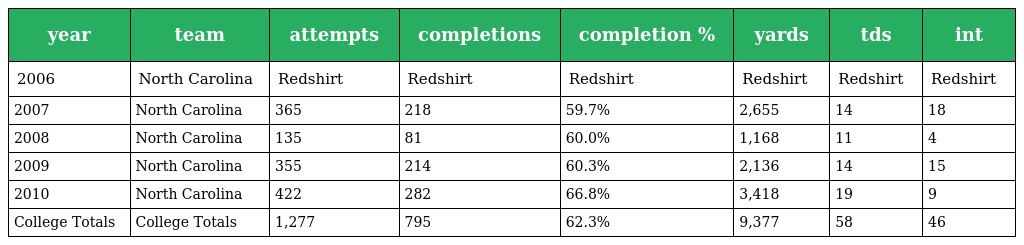
| year | team | attempts | completions | completion % | yards | tds | int |
 | --- | --- | --- | --- | --- | --- | --- | --- |
 | 2006 | North Carolina | Redshirt | Redshirt | Redshirt | Redshirt | Redshirt | Redshirt |
 | 2007 | North Carolina | 365 | 218 | 59.7% | 2,655 | 14 | 18 |
 | 2008 | North Carolina | 135 | 81 | 60.0% | 1,168 | 11 | 4 |
 | 2009 | North Carolina | 355 | 214 | 60.3% | 2,136 | 14 | 15 |
 | 2010 | North Carolina | 422 | 282 | 66.8% | 3,418 | 19 | 9 |
 | College Totals | College Totals | 1,277 | 795 | 62.3% | 9,377 | 58 | 46 |